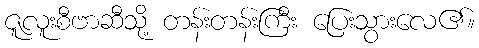
ဇူလူးစီဗာဆီသို့ တန်းတန်းကြီး ပြေးသွားလေ၏။